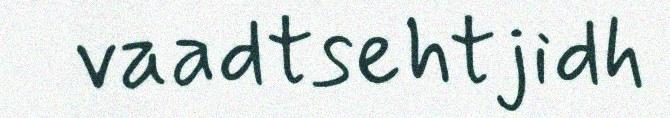
vaadtsehtjidh